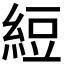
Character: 𬗖